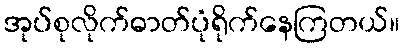
အုပ်စုလိုက်ဓာတ်ပုံရိုက်နေကြတယ်။